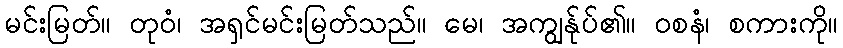
မင်းမြတ်။ တုဝံ၊ အရှင်မင်းမြတ်သည်။ မေ၊ အကျွန်ုပ်၏။ ဝစနံ၊ စကားကို။